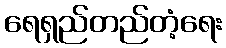
ရေရှည်တည်တံ့ရေး